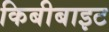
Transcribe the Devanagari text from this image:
किबीबाइट